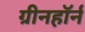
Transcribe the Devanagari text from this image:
ग्रीनहॉर्न